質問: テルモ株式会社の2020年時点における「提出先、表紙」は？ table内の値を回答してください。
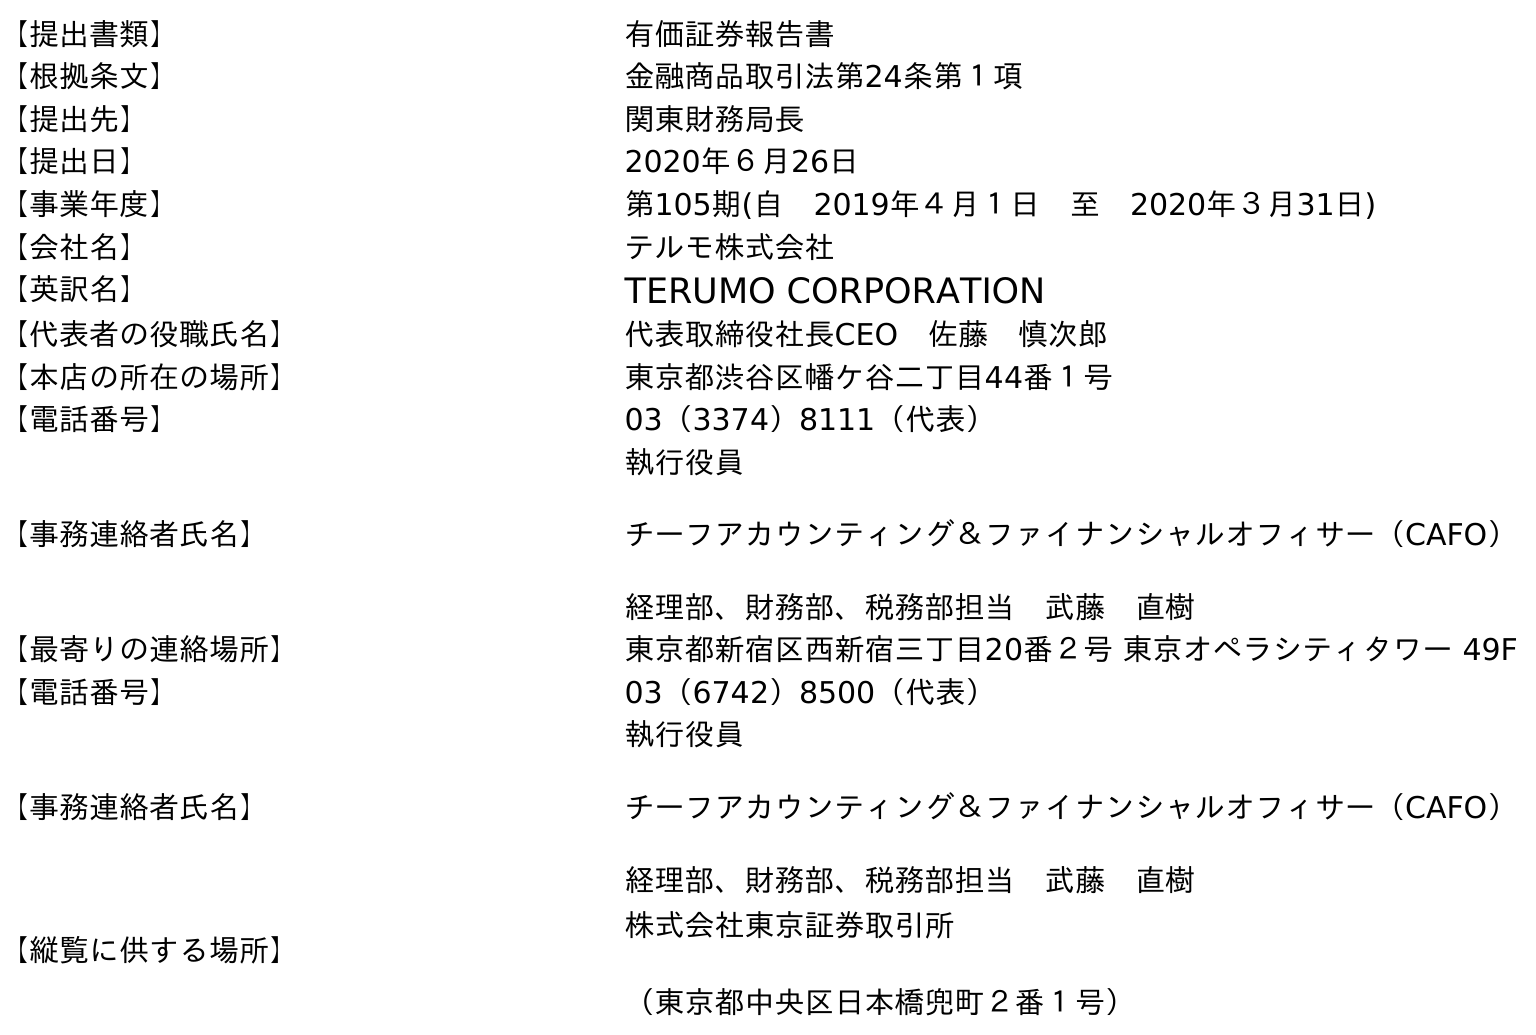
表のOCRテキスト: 【提出書類】 有価証券報告書 【根拠条文】 金融商品取引法第24条第１項 【提出先】 関東財務局長 【提出日】 2020年６月26日 【事業年度】 第105期(自 2019年４月１日 至 2020年３月31日) 【会社名】 テルモ株式会社 【英訳名】 TERUMO CORPORATION 【代表者の役職氏名】 代表取締役社長CEO 佐藤 慎次郎 【本店の所在の場所】 東京都渋谷区幡ケ谷二丁目44番１号 【電話番号】 03（3374）8111（代表） 【事務連絡者氏名】 執行役員 チーフアカウンティング＆ファイナンシャルオフィサー（CAFO） 経理部、財務部、税務部担当 武藤 直樹 【最寄りの連絡場所】 東京都新宿区西新宿三丁目20番２号 東京オペラシティタワー 49F 【電話番号】 03（6742）8500（代表） 【事務連絡者氏名】 執行役員 チーフアカウンティング＆ファイナンシャルオフィサー（CAFO） 経理部、財務部、税務部担当 武藤 直樹 【縦覧に供する場所】 株式会社東京証券取引所 （東京都中央区日本橋兜町２番１号）
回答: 関東財務局長